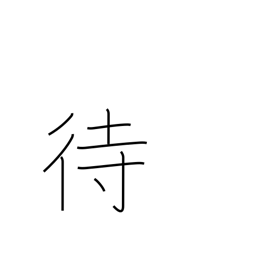
Meaning: wait